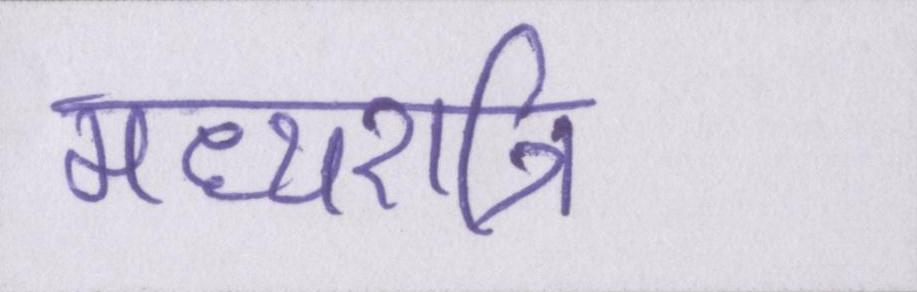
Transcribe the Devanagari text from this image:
मध्यरात्रि